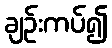
ချဉ်းကပ်၍